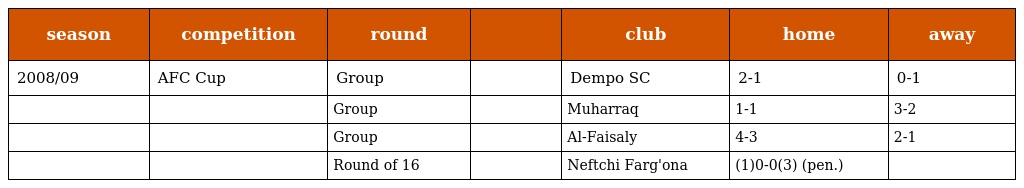
| season | competition | round |  | club | home | away |
 | --- | --- | --- | --- | --- | --- | --- |
 | 2008/09 | AFC Cup | Group |  | Dempo SC | 2-1 | 0-1 |
 |  |  | Group |  | Muharraq | 1-1 | 3-2 |
 |  |  | Group |  | Al-Faisaly | 4-3 | 2-1 |
 |  |  | Round of 16 |  | Neftchi Farg'ona | (1)0-0(3) (pen.) |  |